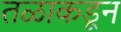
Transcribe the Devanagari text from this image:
तळाकडून